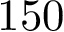
1 5 0